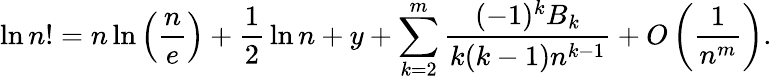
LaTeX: \ln n!=n\ln\left({\frac{n}{e}}\right)+{\frac{1}{2}}\ln n+y+\sum_{k=2}^{m}{\frac{(-1)^{k}B_{k}}{k(k-1)n^{k-1}}}+O\left({\frac{1}{n^{m}}}\right).